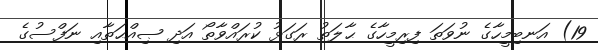
19) އަނބިމީހާގެ ނުވަތަ ފިރިމީހާގެ ޙާލަތު ރަގަޅު ކުރައްވާތޯ އަދި ޞިއްޙަތާއި ނަފްސުގެ